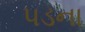
પડના